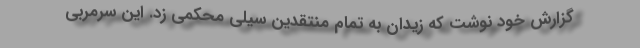
گزارش خود نوشت که زیدان به تمام منتقدین سیلی محکمی زد. این سرمربی